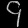
Digit: ၄